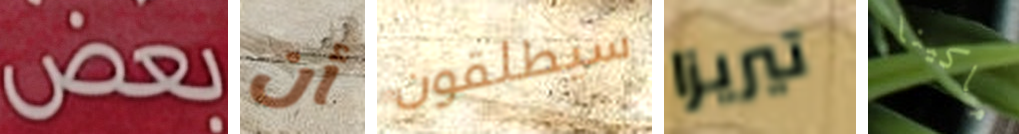
بعض أن سيطلقون تيريزا ماكينا